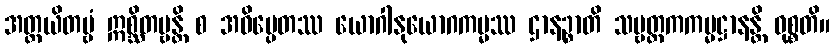
အတ္ထယိတဗ္ဗံ ဣစ္ဆိတဗ္ဗန္တိ စ အဓိပ္ပေတဿ ယောဂါနုယောဂကမ္မဿ ဌာနဉ္စာတိ သဗ္ဗတ္ထကကမ္မဋ္ဌာနန္တိ ဝုစ္စတိ။